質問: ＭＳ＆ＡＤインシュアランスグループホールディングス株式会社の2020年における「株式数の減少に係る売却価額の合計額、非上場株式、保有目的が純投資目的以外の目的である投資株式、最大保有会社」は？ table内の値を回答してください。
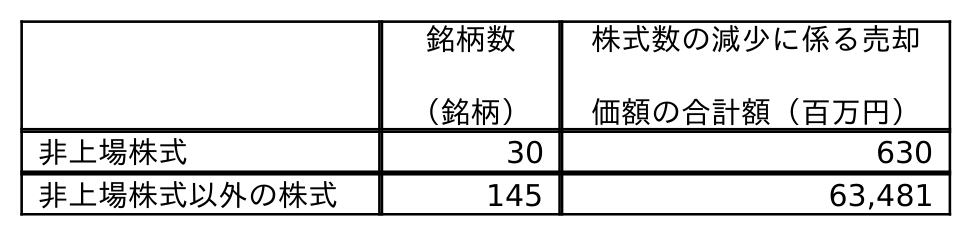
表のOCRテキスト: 銘柄数 （銘柄） 株式数の減少に係る売却 価額の合計額（百万円） 非上場株式 30 630 非上場株式以外の株式 145 63,481
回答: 630